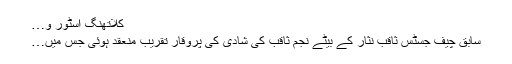
کلاتھنگ اسٹور و…
سابق چیف جسٹس ثاقب نثار کے بیٹے نجم ثاقب کی شادی کی پروقار تقریب منعقد ہوئی جس میں…